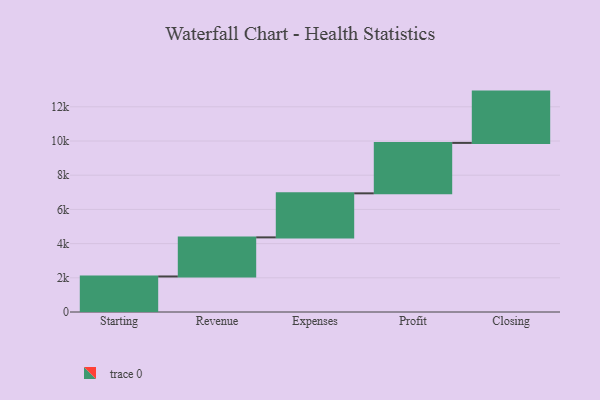
{"axis": {"x": "Step", "y": "Value"}, "legend": [""], "data": [{"x": "Starting", "y": 2078.0, "type": ""}, {"x": "Revenue", "y": 2286.0, "type": ""}, {"x": "Expenses", "y": 2576.0, "type": ""}, {"x": "Profit", "y": 2949.0, "type": ""}, {"x": "Closing", "y": 3000, "type": ""}]}